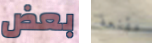
بعض مقنعة